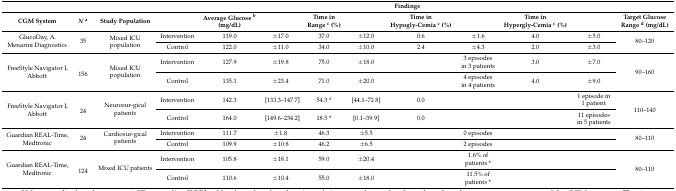
|  |  |  |  | <COLSPAN=8> Findings |  |
 | CGM System | Na | Study Population |  | Average Glucose b (mg/dL) |  | Time in Range c (%) |  | Time in Hypogly-Cemia c (%) |  | Time in Hypergly-Cemia c (%) |  | Target Glucose Range d (mg/dL) |
 | --- | --- | --- | --- | --- | --- | --- | --- | --- | --- | --- | --- | --- |
 | <ROWSPAN=2> GlucoDay, A. Menarini Diagnostics | <ROWSPAN=2> 35 | <ROWSPAN=2> Mixed ICU population | Intervention | 119.0 | ±17.0 | 37.0 | ±12.0 | 0.6 | ±1.6 | 4.0 | ±5.0 | <ROWSPAN=2> 80–120 |
 | Control | 122.0 | ±11.0 | 34.0 | ±10.0 | 2.4 | ±4.3 | 2.0 | ±3.0 |
 | <ROWSPAN=2> FreeStyle Navigator I, Abbott | <ROWSPAN=2> 156 | <ROWSPAN=2> Mixed ICU population | Intervention | 127.9 | ±19.8 | 75.0 | ±18.0 |  | 3 episodes in 3 patients | 3.0 | ±7.0 | <ROWSPAN=2> 90–160 |
 | Control | 135.1 | ±23.4 | 71.0 | ±20.0 |  | 4 episodes in 4 patients | 4.0 | ±9.0 |
 | <ROWSPAN=2> FreeStyle Navigator I, Abbott | <ROWSPAN=2> 24 | <ROWSPAN=2> Neurosur-gical patients | Intervention | 142.3 | [133.3–147.7] | 54.3 * | [44.1–72.8] | 0.0 |  |  | 1 episode in 1 patient | <ROWSPAN=2> 110–140 |
 | Control | 164.0 | [149.6–234.2] | 18.5 * | [0.1–39.9] | 0.0 |  |  | 11 episodes in 5 patients |
 | <ROWSPAN=2> Guardian REAL-Time, Medtronic | <ROWSPAN=2> 24 | <ROWSPAN=2> Cardiosur-gical patients | Intervention | 111.7 | ±1.8 | 46.3 | ±5.5 |  | 0 episodes |  |  | <ROWSPAN=2> 80–110 |
 | Control | 109.9 | ±10.8 | 46.2 | ±6.5 |  | 2 episodes |  |  |
 | <ROWSPAN=2> Guardian REAL-Time, Medtronic | <ROWSPAN=2> 124 | <ROWSPAN=2> Mixed ICU patients | Intervention | 105.8 | ±18.1 | 59.0 | ±20.4 |  | 1.6% of patients * |  |  | <ROWSPAN=2> 80–110 |
 | Control | 110.6 | ±10.4 | 55.0 | ±18.0 |  | 11.5% of patients * |  |  |